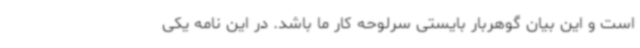
است و این بیان گوهربار بایستی سرلوحه کار ما باشد. در این نامه یکی